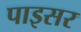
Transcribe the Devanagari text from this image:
पाइसर